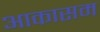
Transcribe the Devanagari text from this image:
आकासम